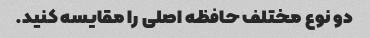
دو نوع مختلف حافظه اصلی را مقایسه کنید.